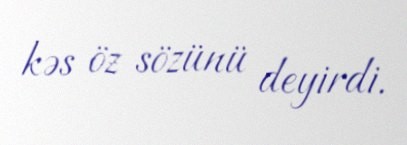
kəs öz sözünü deyirdi.